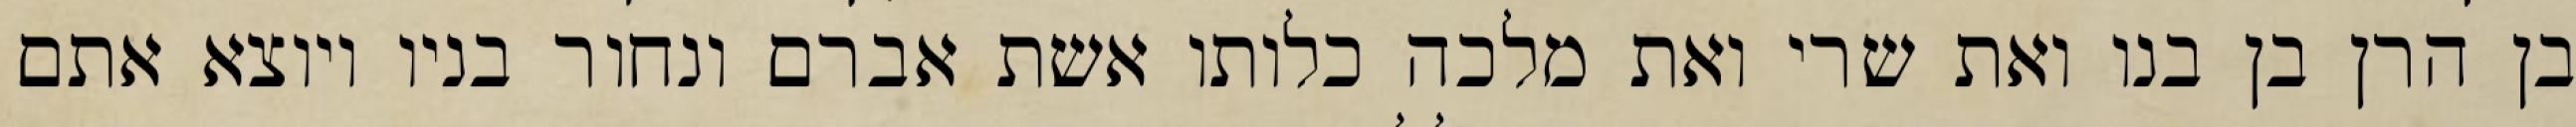
בן הרן בן בנו ואת שרי ואת מלכה כלותו אשת אברם ונחור בניו ויוצא אתם